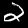
Label: 2